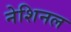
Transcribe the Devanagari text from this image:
नेशिनल